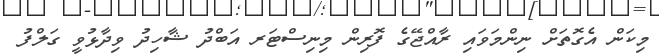
މިކަން އެގޮތަށް ނިންމަވައި ރާއްޖޭގެ ފޮރިން މިނިސްޓަރ އަބްދު ޝާހިދު ވިދާޅުވީ ގަލްފު